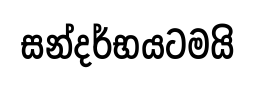
සන්දර්භයටමයි